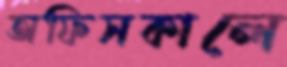
অফিসকালে